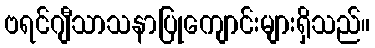
ဗရင်ဂျီသာသနာပြုကျောင်းများရှိသည်။